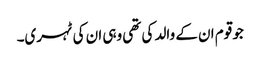
جو قوم ان کے والد کی تھی وہی ان کی ٹہری۔